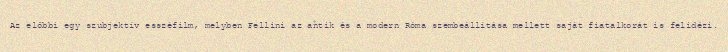
Az előbbi egy szubjektív esszéfilm, melyben Fellini az antik és a modern Róma szembeállítása mellett saját fiatalkorát is felidézi.